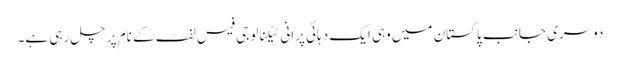
دوسری جانب پاکستان میں وہی ایک دہائی پرانی ٹیکنالوجی فیس لفٹ کے نام پر چل رہی ہے۔